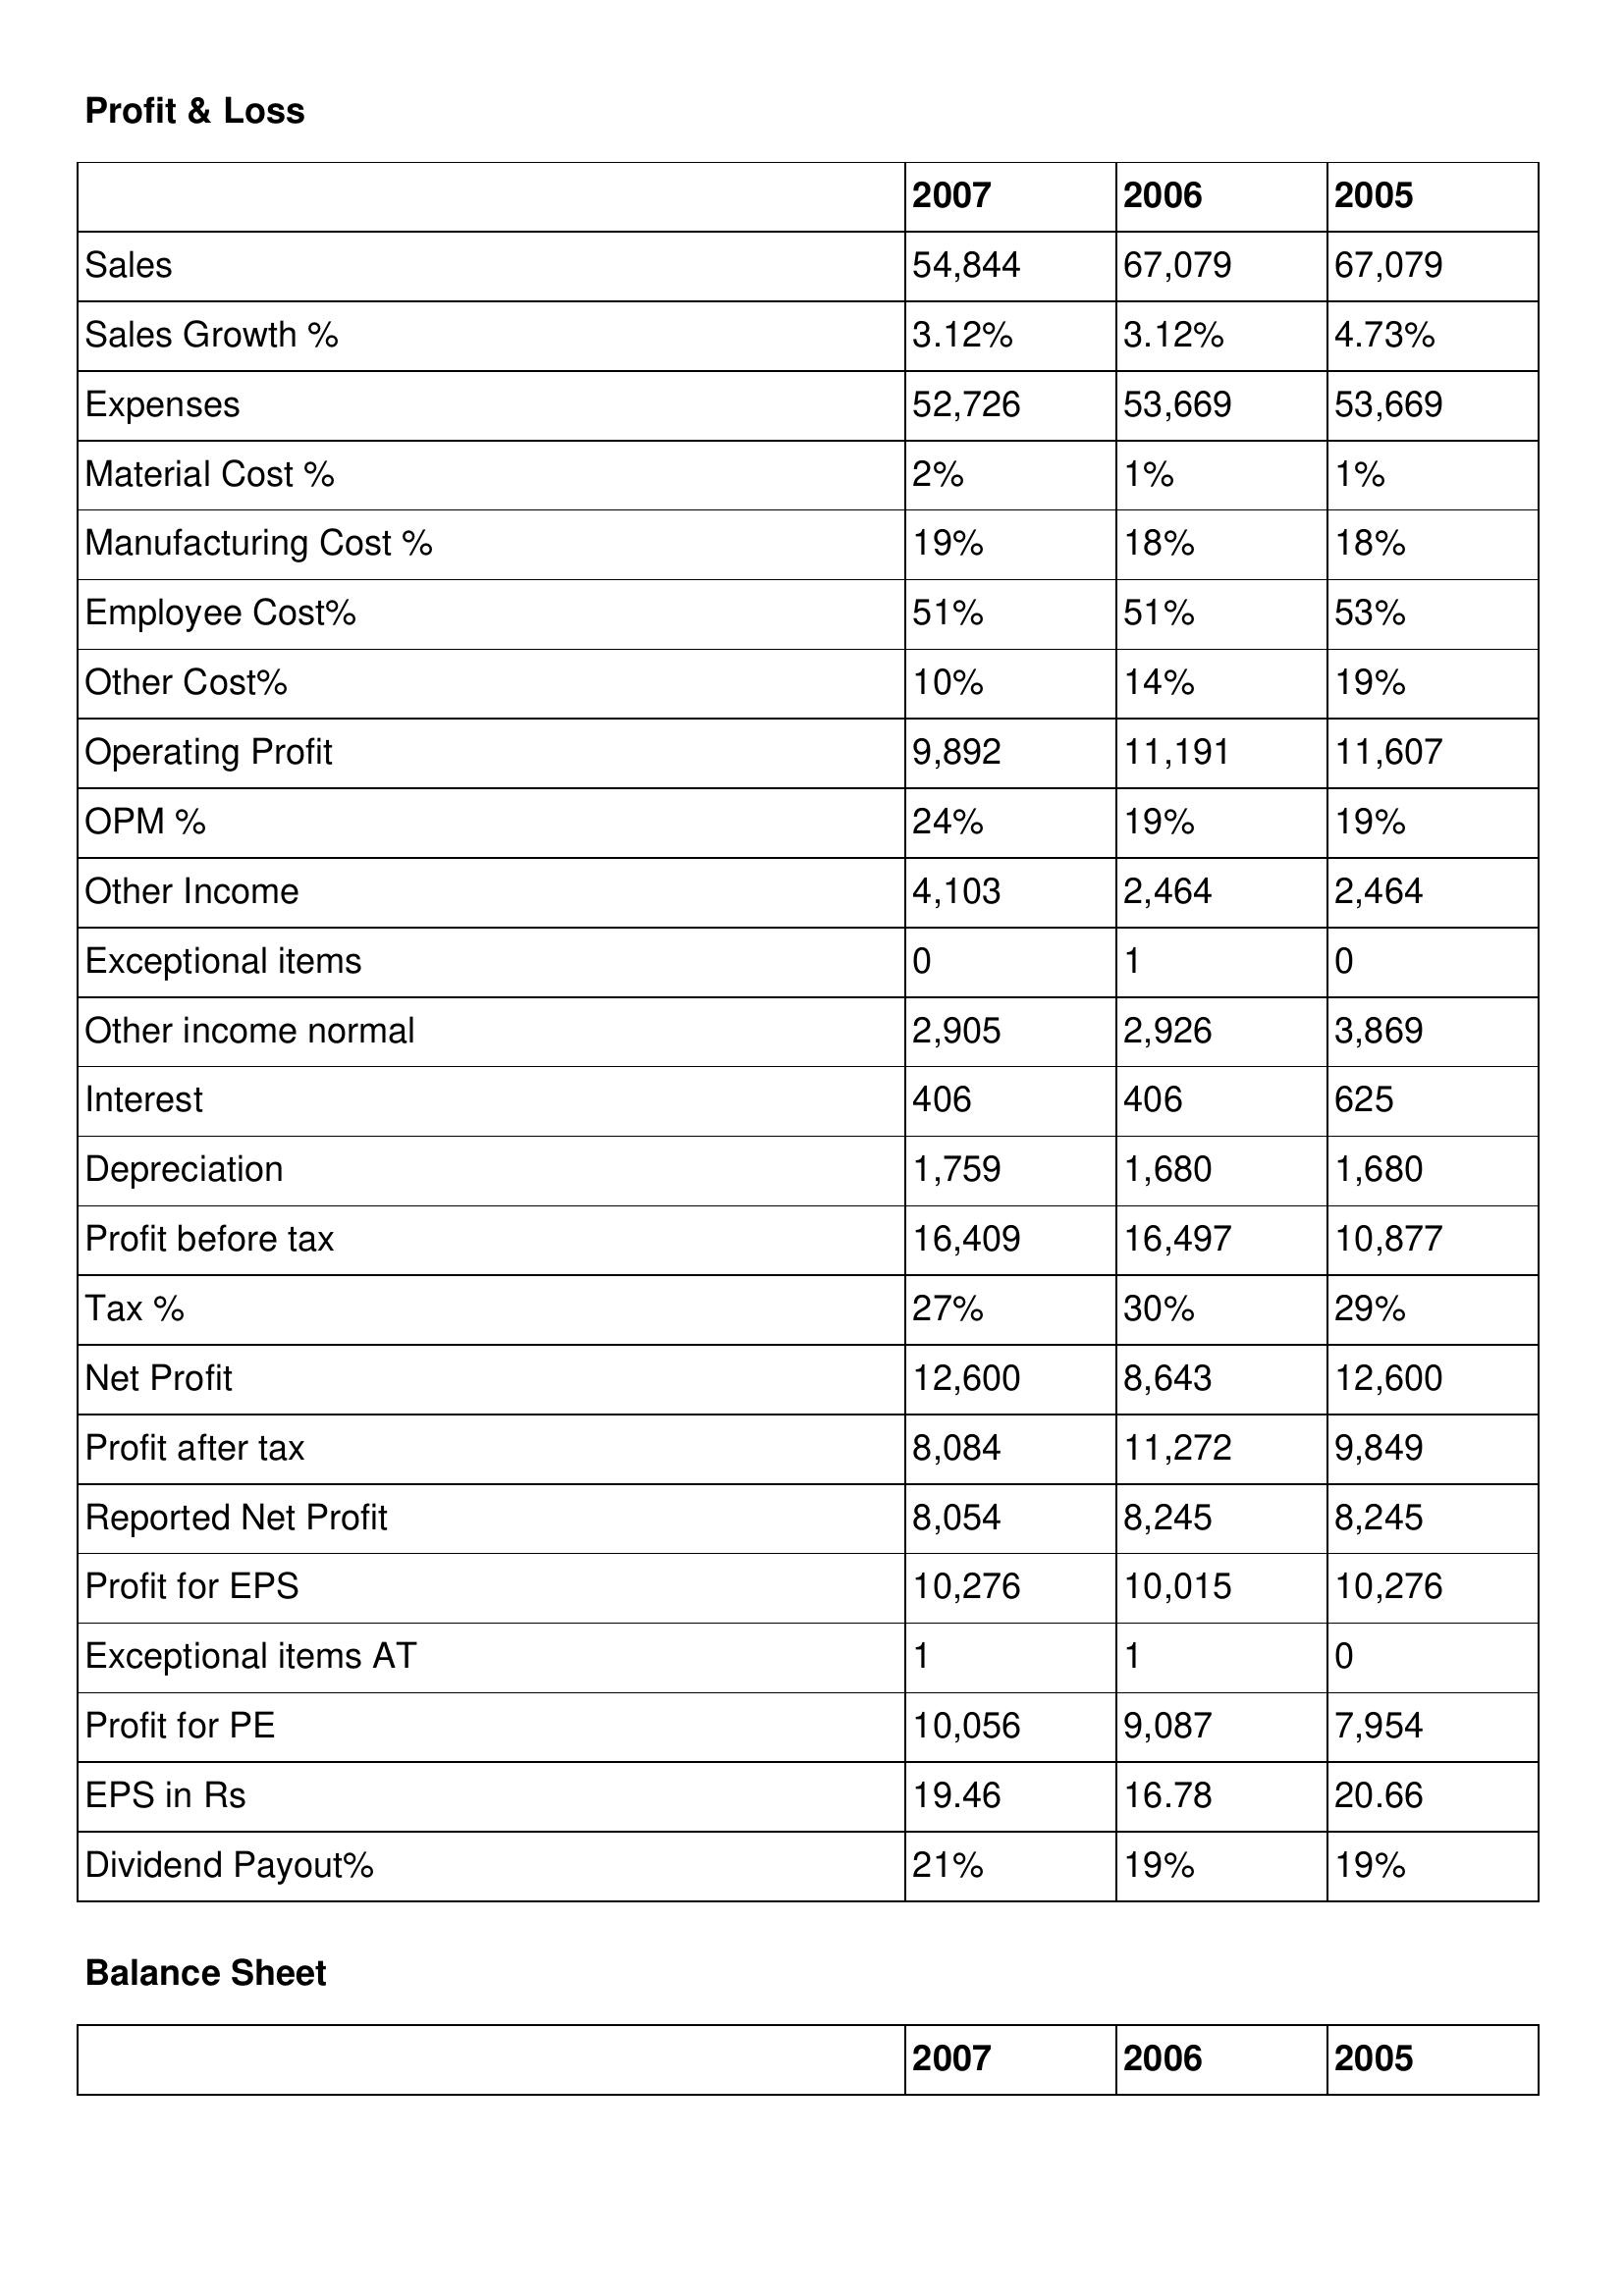
gt_parse: 2007: Profit & Loss: Sales: 54,844
Sales Growth %: 3.12%
Expenses: 52,726
Material Cost %: 2%
Manufacturing Cost %: 19%
Employee Cost%: 51%
Other Cost%: 10%
Operating Profit: 9,892
OPM %: 24%
Other Income: 4,103
Exceptional items: 0
Other income normal: 2,905
Interest: 406
Depreciation: 1,759
Profit before tax: 16,409
Tax %: 27%
Net Profit: 12,600
Profit after tax: 8,084
Reported Net Profit: 8,054
Profit for EPS: 10,276
Exceptional items AT: 1
Profit for PE: 10,056
EPS in Rs: 19.46
Dividend Payout%: 21%
2006: Profit & Loss: Sales: 67,079
Sales Growth %: 3.12%
Expenses: 53,669
Material Cost %: 1%
Manufacturing Cost %: 18%
Employee Cost%: 51%
Other Cost%: 14%
Operating Profit: 11,191
OPM %: 19%
Other Income: 2,464
Exceptional items: 1
Other income normal: 2,926
Interest: 406
Depreciation: 1,680
Profit before tax: 16,497
Tax %: 30%
Net Profit: 8,643
Profit after tax: 11,272
Reported Net Profit: 8,245
Profit for EPS: 10,015
Exceptional items AT: 1
Profit for PE: 9,087
EPS in Rs: 16.78
Dividend Payout%: 19%
2005: Profit & Loss: Sales: 67,079
Sales Growth %: 4.73%
Expenses: 53,669
Material Cost %: 1%
Manufacturing Cost %: 18%
Employee Cost%: 53%
Other Cost%: 19%
Operating Profit: 11,607
OPM %: 19%
Other Income: 2,464
Exceptional items: 0
Other income normal: 3,869
Interest: 625
Depreciation: 1,680
Profit before tax: 10,877
Tax %: 29%
Net Profit: 12,600
Profit after tax: 9,849
Reported Net Profit: 8,245
Profit for EPS: 10,276
Exceptional items AT: 0
Profit for PE: 7,954
EPS in Rs: 20.66
Dividend Payout%: 19%